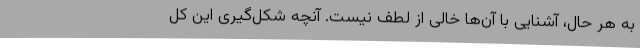
به هر حال، آشنایی با آن‌ها خالی از لطف نیست. آنچه شکل‌گیری این کل